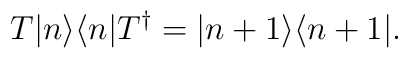
T |n\rangle \langle n| T^\dagger = |n + 1 \rangle \langle n + 1|.